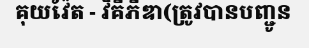
គុយវ៉ែត - វិគីភីឌា(ត្រូវបានបញ្ជូន